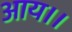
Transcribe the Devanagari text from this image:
आय।।